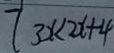
7 3 x < 2 x + 4